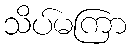
သိပ်မကြာ